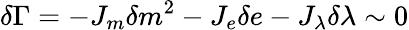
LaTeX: \delta\Gamma=-J_{m}\delta m^{2}-J_{e}\delta e-J_{\lambda}\delta\lambda\sim 0